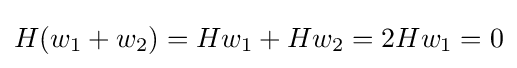
H(w_{1}+w_{2})=Hw_{1}+Hw_{2}=2Hw_{1}=0